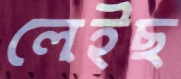
লেইছ